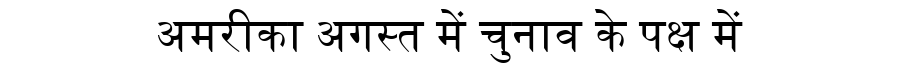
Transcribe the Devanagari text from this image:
अमरीका अगस्त में चुनाव के पक्ष में